Vital statistics of India. Vol. IV, Annual returns from 1871 to 1876. British Army of India, Native Army and jails of Bengal
Year: 1871
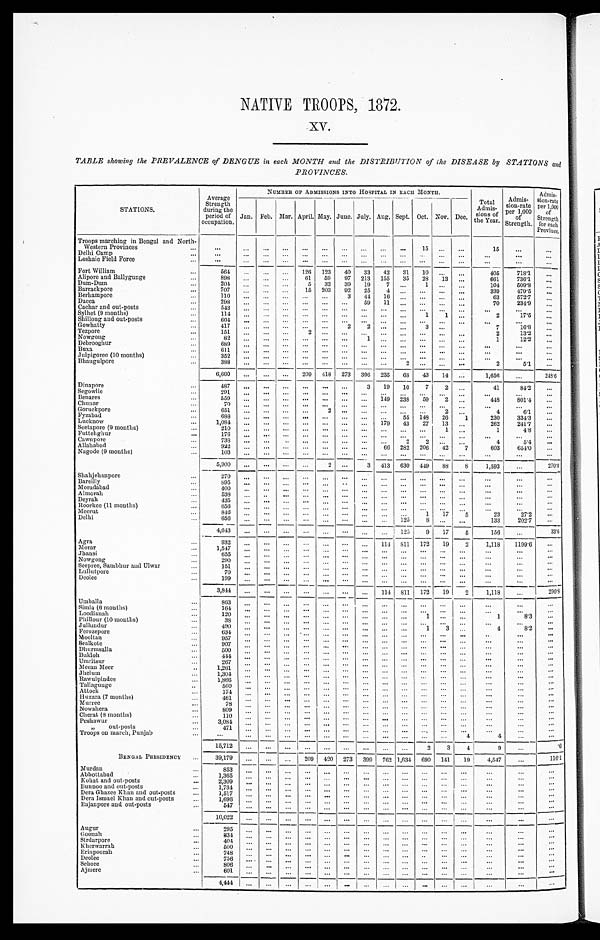
NATIVE TROOPS, 1872.
XV.
TABLE showing the PREVALENCE of DENGUE in each MONTH and the DISTRIBUTION of the DISEASE by STATIONS and
PROVINCES.
STATIONS.
Average
Strength
during the
period of
occupation.
NUMBER OF ADMISSIONS INTO HOSPITAL IN EACH MONTH.
Total
Admis- s i o n s o f t h e Y e a r .
Admis-
sion-rate
per 1,000
of
Strength.
Admis-
sion-rate
per 1,000
of
Strength
for each
Province.
Jan. Feb. Mar.
A p r i l .
May. June. July. Aug. Sept. Oct. Nov. Dec.
Troops marching in Bengal and North-
Western Provinces . . .
. . .
. . .
. . .. . .
. . . . . .
. . . . . .
. . .
. . .
1 5
. . .
. . .
1 5
. . .
. . .
Delhi Camp . . .
. . . . . .
. . .
. . .
. . . . . .
. . . . . .
. . .
. . .
. . . . . .
. . .
. . .
. . .
. . .
Loshaie Field Force . . .
. . .
. . .
. . .
. . .
. . . . . .
. . . . . .
. . .
. . .
. . . . . .
. . .
. . .
. . .
. . .
Fort William . . .
564
. . .
. . .
. . .
126
123
40
33
42
31
10
. . .
. . .
405
718.1
. . .
Alipore and Ballygunge . . .
898
. . .
. . .
. . .
61
59
97
213
155
35
28
13
. . .
661
736.1
. . .
Dum-Dum . . .
204. . .
. . .. . .
5
33
39
19
7
. . .
1
. . .
. . .
104
509.8 . . .
Barrackpore . . .
707
. . .
. . .
. . .
15
203
92
25
4
. . .
. . . . . .
. . .
339
479.5
. . .
Berhampore . . .
110
. . .
. . .
. . .
. . . . . .
3
4 4
16
. . .
. . . . . .
. . .
63
572.7
. . .
Dacca . . .
298
. . .
. . .. . .
. . .
. . .
. . .
59
11
. . .
. . . . . .
. . .
70
234.9
. . .
Cachar and out-posts . . .
543
. . .
. . .. . .
. . .
. . .
. . .
. . .. . .
. . .
. . .
. . .
. . .
. . .
. . . . . .
Sylhet (9 months) . . .
114. . .
. . .. . .
. . .
. . .
. . .
. . .. . .
. . .
1
1 . . .
2
17.5
. . .
Shillong and out-posts . . .
604
. . .
. . .
. . .
. . . . . .
. . .
. . .
. . .
. . .
. . .
. . . . . .
. . .
. . .
. . .
Gowhatty . . .
417
. . .
. . .
. . .
. . . . . .
2
2 . . .
. . .
3
. . .
7
16.8
. . .
Tezpore . . .
151
. . .
. . .. . .
2 . . .
. . .
. . .. . .
. . .
. . .
. . .
. . .
2
13.2
. . .
Nowgong . . .
82
. . .
. . .. . .
. . . . . .
. . .
1 . . .
. . .
. . .
. . .
. . .
1
12.2
. . .
Debrooghur . . .
689
. . .
. . .. . .
. . . . . .
. . .
. . .. . .
. . .
. . .
. . .
. . .
. . .
. . .
. . .
Buxa . . .
611
. . .
. . .
. . .
. . . . . .
. . .
. . .
. . .
. . .
. . .
. . .
. . .
. . .
. . .
. . .
Julpigoree (10 months) . . .
352. . .
. . .. . .
. . .
. . .
. . .
. . .. . .
. . .
. . .
. . .
. . .
. . .
. . . . . .
Bhaugulpore . . .
388. . .
. . .. . .
. . .
. . .
. . .
. . .. . .
2
. . . . . .
. . .
2
5.1
. . .
6,660
. . .
. . .
. . .
209
418
273
396
235
68
43
14
. . .
1,656
. . .
248.6
Dinapore . . .
487
. . .
. . .
. . .
. . . . . .
. . .
3
19
10
7
2
. . .
41
84.2
. . .
Segowlie . . .
291
. . .
. . .. . .
. . .
. . .
. . .
. . .
. . .
. . .
. . .
. . .
. . .
. . .
. . . . . .
Benares . . .
559. . .
. . .. . .
. . .
. . .
. . .
. . .149
238
5 9
2
. . .
4 4 8 801.4
. . .
Chunar . . .
70. . .
. . .. . .
. . .
. . .
. . .
. . .. . .
. . .
. . .
. . . . . .
. . .
. . .
. . .
Goruckpore . . .
651
. . .
. . .. . .
. . .
2
. . .
. . .. . .
. . .
. . .
2 . . .
4
6.1
. . .
Fyzabad . . .
688
. . .
. . .
. . .
. . .
. . .
. . .
. . .
. . .
55
148
26
1
230
334.3
. . .
Lucknow . . .
1,084
. . .
. . .
. . .
. . .
. . .
. . .
. . .
179
43
27
13
. . .
262
241.7
. . .
Seetapore (9 months) . . .
210 . . .
. . .. . .
. . . . . .
. . .
. . .. . .
. . .
. . .
1
. . .
1
4.8
. . .
Futtehghur . . .
176
. . .
. . .
. . .
. . .
. . .
. . .
. . .
. . .
. . .
. . .
. . .
. . .
. . .
. . .
. . .
Cawnpore . . .
738
. . .
. . .
. . .
. . .
. . .
. . .
. . .
. . .
2
2 . . .
. . .
4
5.4
. . .
Allahabad . . .
922
. . .
. . . . . .
. . . . . .
. . .
. . . 66
282
206
42
7
603
654.0
. . .
Nagode (9 months) . . .
103
. . .
. . . . . .
. . . . . .
. . .
. . .
. . .
. . .
. . .
. . .
. . .
. . .
. . .
. . .
5,900
. . .
. . .
. . .
. . .
2
. . .
3 413
630
449
88
8
1,593
. . .
270.0
Shahjehanpore . . .
270
. . .
. . .. . .
. . . . . .
. . .
. . . . . . . . .
. . . . . . . . .
. . . . . .
. . .
Bareilly . . .
8 9 5
. . .
. . .
. . .
. . .
. . .
. . .
. . .
. . .
. . .
. . .
. . .
. . .
. . .
. . .
. . .
Moradabad . . .
400. . .
. . .. . .
. . . . . .
. . .
. . .. . .
. . .
. . . . . .
. . .
. . .
. . .
. . .
Almorah . . .
538 . . .
. . .
. . .
. . .
. . .
. . .
. . .
. . .
. . .
. . .
. . .
. . .
. . .
. . .
. . .
Deyrah . . .
4 3 5
. . .
. . .. . .
. . . . . .
. . .
. . .. . .
. . .
. . . . . .
. . .
. . .
. . .
. . .
R oo rkee (11 months) . . .
656
. . .
. . . . . .
. . .
. . .
. . .
. . .
. . .
. . .
. . .
. . .
. . .
. . .
. . .
. . .
Meerut . . .
846. . .
. . .. . .
. . . . . .
. . .
. . .
. . .
. . .
1
17 5
23
27.2
. . .
Delhi . . .
656 . . .
. . .. . .
. . . . . .
. . .
. . .. . .
125
8
. . .
. . .
133
202.7
. . .
4,643
. . .
. . . . . .
. . .
. . .
. . .
. . .
. . .
125
9
17
5
156
. . .
33.6
Agra . . .
932
. . .
. . .
. . .
. . .
. . .
. . .
. . .
114
811
172
19
2
1,118
1199.6
. . .
M orar . . .
1,547
. . .
. . .
. . .
. . . . . .
. . .
. . .
. . .
. . .
. . .
. . . . . .
. . .
. . .
. . .
Jhansi . . .
655
. . .
. . .
. . .
. . .
. . .
. . .
. . .
. . .
. . .
. . .
. . .
. . .
. . .
. . .
. . .
Nowgong . . .
290
. . .
. . . . . .
. . . . . .
. . .
. . .. . .
. . .
. . . . . .
. . .
. . .
. . .
. . .
Seepree, Sambhur and Ulwar . . .
151
. . .
. . . . . .
. . .
. . .
. . .
. . .
. . .
. . .
. . .
. . .
. . .
. . .
. . .
. . .
Lullutpore . . .
70
. . .
. . .
. . .
. . .
. . .
. . .
. . .
. . .
. . .
. . .
. . .
. . .
. . .
. . .
. . .
Deolee . . .
199
. . .
. . .
. . .
. . .
. . .
. . .
. . .
. . .
. . .
. . .
. . .
. . .
. . .
. . .
. . .
3 , 8 4 4
. . .
. . .
. . .
. . .
. . .
. . .
. . .
114
811
172
19
2
1,118
. . . 290.8
Umballa . . .
863
. . . . . .
. . .
. . .
. . .
. . .
. . .
. . .
. . .
. . . . . . . . .
. . .
. . .
. . .
S imla (6 months) . . .
164
. . .
. . .
. . .
. . .
. . .
. . .
. . .
. . .
. . .
. . .
. . . . . .
. . .
. . .
. . .
Loodianah . . .
120
. . .
. . . . . .
. . . . . .
. . .
. . .. . .
. . .
1
. . . . . .
1
8 . 3
. . .
Phillour (10 months) . . .
38
. . . . . .
. . .
. . .
. . .
. . .
. . .
. . .
. . .
. . .
. . . . . .
. . .
. . .
. . .
Jullundur . . .
490
. . .
. . .
. . .
. . .
. . .
. . .
. . .
. . .
. . .
1
3
. . .
4
8 . 2
. . .
Ferozepore . . .
634
. . .
. . . . . .
. . . . . .
. . .
. . .. . .
. . .
. . . . . . . . .
. . .
. . .
. . .
Mooltan . . .
957
. . .
. . . . . .
. . . . . .
. . .
. . .. . .
. . .
. . . . . . . . .
. . .
. . .
. . .
Sealkote . . .
9 0 7
. . .
. . . . . .
. . . . . .
. . .
. . .. . .
. . .
. . . . . . . . .
. . .
. . .
. . .
Dhurmsalla . . .
500
. . .
. . .
. . .
. . .
. . .
. . .
. . .
. . .
. . .
. . .
. . .
. . .
. . .
. . .
. . .
Bukloh . . .
444
. . .
. . .
. . .
. . .
. . .
. . .
. . .
. . .
. . .
. . .
. . .
. . .
. . .
. . .
. . .
Umritsur . . .
267
. . .
. . . . . .
. . .
. . .
. . .
. . .. . .
. . .
. . .
. . . . . .
. . .
. . .
. . .
Me ean Meer . . .
1 , 2 6 1
. . .
. . . . . .
. . .
. . .
. . .
. . .. . .
. . .
. . .
. . . . . .
. . .
. . .
. . .
Jhelum . . .
1,304
. . .
. . .
. . .
. . .
. . .
. . .
. . .
. . .
. . .
. . .
. . . . . .
. . .
. . .
. . .
Rawulpindee . . .
1, 866
. . .
. . . . . .
. . .
. . .
. . .
. . .. . .
. . .
. . .
. . .
. . .
. . .
. . .
. . .
Tallagunge . . .
560
. . .
. . .
. . .
. . .
. . .
. . .
. . . . . .
. . .
. . .
. . . . . .
. . .
. . .
. . .
Attock . . .
174
. . .
. . .
. . .
. . .
. . .
. . .
. . .. . .
. . .
. . .
. . . . . .
. . .
. . .
. . .
Huzara (7 months) . . .
461
. . .
. . .
. . .
. . .
. . .
. . .
. . .
. . .
. . .
. . .
. . .
. . .
. . .
. . .
. . .
Murree . . .
78
. . .
. . .
. . .
. . .
. . .
. . .
. . .
. . .
. . .
. . .
. . .
. . .
. . .
. . .
. . .
Nowshera . . .
809
. . .
. . .
. . .
. . .
. . .
. . .
. . .
. . .
. . .
. . .
. . . . . .
. . .
. . .
. . .
Cherat (8 months) . . .
110
. . .
. . . . . .
. . .
. . .
. . .
. . . . . . . . .
. . .
. . . . . .
. . .
. . .
. . .
P e s h a w u r . . .
3,084
. . .
. . .
. . .
. . .
. . .
. . .
. . .
. . .
. . .
. . .
. . .
. . .
. . .
. . .
. . .
"
o u t - p o s t s . . .
471
. . .
. . .
. . .
. . .
. . .
. . .
. . .
. . .
. . .
. . .
. . .
. . .
. . .
. . .
. . .
Troops on march, Punjab . . .
. . . . . .
. . .
. . .
. . .
. . .
. . .
. . .
. . . . . .
. . . . . .
4
4
. . .
. . .
15, 712
. . .
. . . . . .
. . . . . .
. . .
. . .
. . .
. . .
2
3
4
9
. . .
. 6
BENGAL PRESIDENCY . . .
39,179
. . .
. . .
. . .
209
420
273
399
762 1,634 690
141
19
4,547
. . .
116.1
Murdan . . .
853
. . .
. . .
. . .
. . .
. . .
. . .
. . .
. . .
. . .
. . .
. . .
. . .
. . .
. . .
. . .
Abbottabad . . .
1,365
. . .
. . . . . .
. . . . . .
. . .
. . .
. . .
. . .
. . . . . . . . .
. . .
. . .
. . .
Kohat and out-posts . . .
2,309
. . .
. . .
. . .
. . .
. . .
. . .
. . .
. . .
. . .
. . .
. . . . . .
. . .
. . .
. . .
Bunnoo and out-posts . . .
1,734
. . .
. . .
. . .
. . .
. . .
. . .
. . .
. . .
. . .
. . .
. . .
. . .
. . .
. . .
. . .
Dera Ghazee Khan and out-posts . . .
1,517
. . .
. . .
. . .
. . .
. . .
. . .
. . .
. . .
. . .
. . . . . . . . .
. . .
. . .
. . .
Dera Ismael Khan and out-posts . . .
1,696
. . .
. . . . . .
. . . . . .
. . .
. . .
. . .
. . .
. . .
. . .
. . .
. . .
. . .
. . .
Rajanpore and out-posts . . .
547
. . .
. . .
. . .
. . .
. . .
. . .
. . .
. . .
. . .
. . .
. . .
. . .
. . .
. . .
. . .
10, 022
. . .
. . . . . .
. . .
. . .
. . .
. . .
. . .
. . .
. . . . . . . . .
. . .
. . .
. . .
Augur . . .
295
. . .
. . .
. . .
. . .
. . .
. . .
. . .
. . .
. . .
. . .
. . .
. . .
. . .
. . .
. . .
Goonah . . .
3 3 4
. . .
. . .
. . .
. . .
. . .
. . .
. . .
. . .
. . .
. . .
. . .
. . .
. . .
. . .
. . .
Sirdarpore . . .
404
. . .
. . .
. . .
. . .
. . .
. . .
. . .
. . .
. . .
. . .
. . .
. . .
. . .
. . .
. . .
Kherwarrah . . .
500
. . .
. . .
. . .
. . .
. . .
. . .
. . .
. . .
. . .
. . .
. . .
. . .
. . .
. . .
. . .
Erinpoorah . . .
748
. . .
. . .
. . .
. . .
. . .
. . .
. . .
. . .
. . .
. . .
. . .
. . .
. . .
. . .
. . .
De o l e e . . .
756
. . .
. . .
. . .
. . .
. . .
. . .
. . .
. . .
. . .
. . .
. . .
. . .
. . .
. . .
. . .
Sehore . . .
806
. . .
. . .
. . .
. . .
. . .
. . .
. . .
. . .
. . .
. . .
. . . . . .
. . .
. . .
. . .
Ajmere . . .
601
. . .
. . . . . .
. . .
. . .
. . .
. . . . . .
. . .
. . .
. . .
. . .
. . .
. . .
. . .
4,444 . . .
. . .
. . .
. . .. . .
. . .. . .
. . .
. . .
. . .
. . . . . .
. . .
. . .
. . .